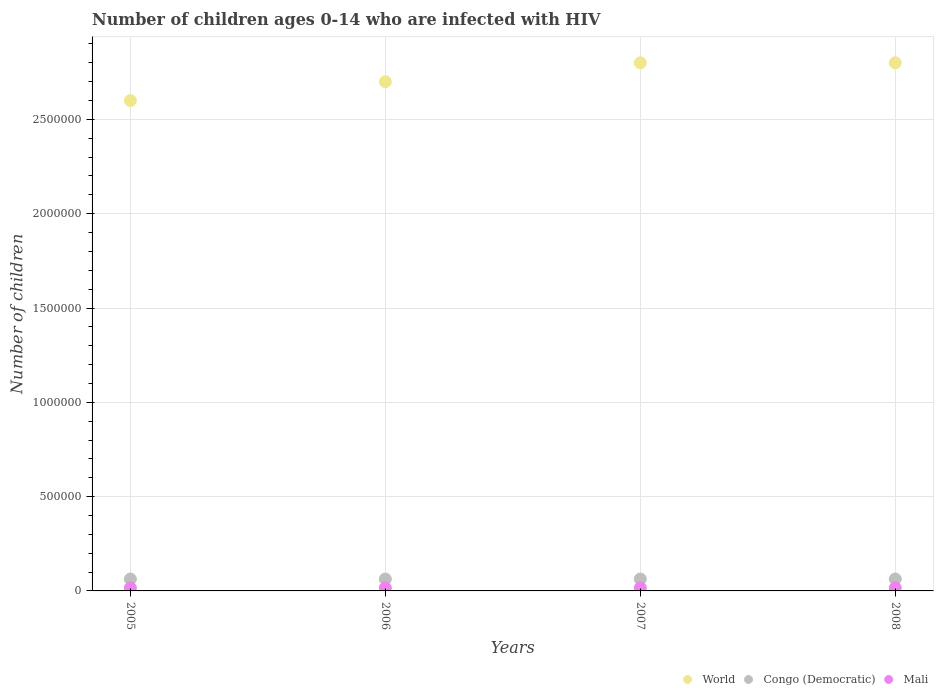
| Years | World | Congo (Democratic) | Mali |
 | --- | --- | --- | --- |
 | 2005 | 2.6e+06 | 6.3e+04 | 1.6e+04 |
 | 2006 | 2.7e+06 | 6.3e+04 | 1.6e+04 |
 | 2007 | 2.8e+06 | 6.3e+04 | 1.6e+04 |
 | 2008 | 2.8e+06 | 6.3e+04 | 1.6e+04 |